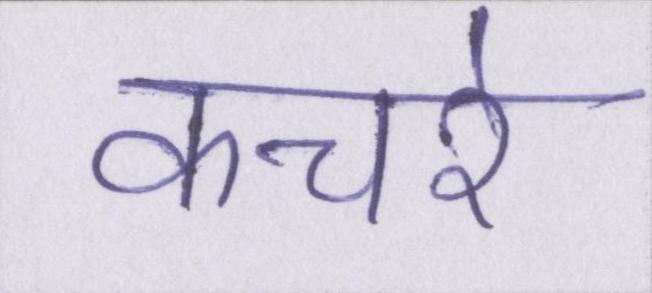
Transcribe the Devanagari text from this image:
कचरे